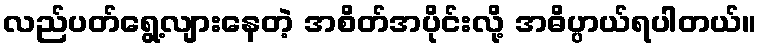
လည်ပတ်ရွေ့လျားနေတဲ့ အစိတ်အပိုင်းလို့ အဓိပ္ပာယ်ရပါတယ်။